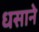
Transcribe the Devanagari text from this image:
धसाने